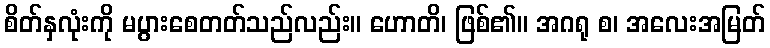
စိတ်နှလုံးကို မပွားစေတတ်သည်လည်း။ ဟောတိ၊ ဖြစ်၏။ အဂရု စ၊ အလေးအမြတ်